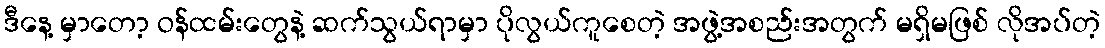
ဒီနေ့ မှာတော့ ဝန်ထမ်းတွေနဲ့ ဆက်သွယ်ရာမှာ ပိုလွယ်ကူစေတဲ့ အဖွဲ့အစည်းအတွက် မရှိမဖြစ် လိုအပ်တဲ့